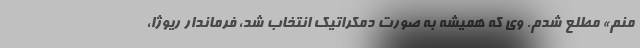
منم» مطلع شدم. وی که همیشه به صورت دمکراتیک انتخاب شد، فرماندار ریوژا،